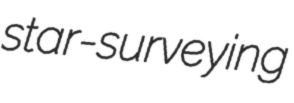
star-surveying